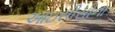
આઇસીસીના